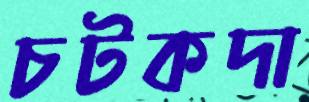
চটকদা